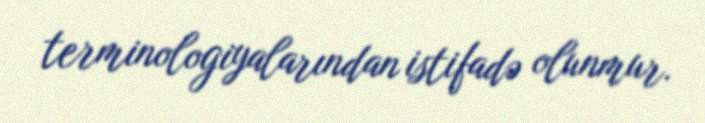
terminologiyalarından istifadə olunmur.